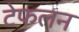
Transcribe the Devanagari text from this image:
टेफलन